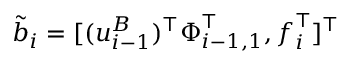
\tilde { \boldsymbol { b } } _ { i } = [ ( \boldsymbol { u } _ { i - 1 } ^ { B } ) ^ { \top } \boldsymbol { \Phi } _ { i - 1 , 1 } ^ { \top } , \boldsymbol { f } _ { i } ^ { \top } ] ^ { \top }